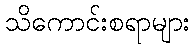
သိကောင်းစရာများ